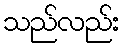
သည်လည်း